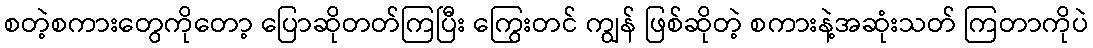
စတဲ့စကားတွေကိုတော့ ပြောဆိုတတ်ကြပြီး ကြွေးတင် ကျွန် ဖြစ်ဆိုတဲ့ စကားနဲ့အဆုံးသတ် ကြတာကိုပဲ